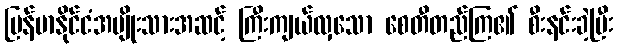
မြန်မာနိုင်ငံအမျိုးသားအဆင့် ကြီးကျယ်လှသော စေတီတည်ကြ၏ စီးနင်းခဲ့ပြီး